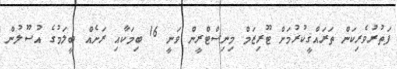
ފަތުރުވެރިކަން ތަރައްޤީކުރުމަށް ޓޫރިޒަމް މިނިސްޓްރީން ވަނީ 16 ބިމަކާއި ރަށެއް ބީލަމުގެ އުސޫލުން